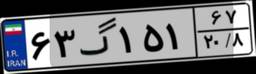
۶۳گ۱۵۱۶۷